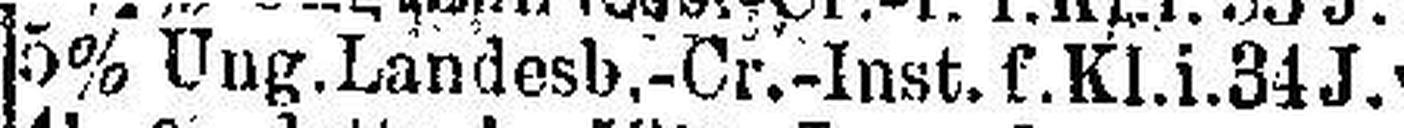
5% Ung.Landesb.-Cr.-Inst. f.Kl.i.34 J.v.